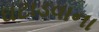
ઘટાડવાના